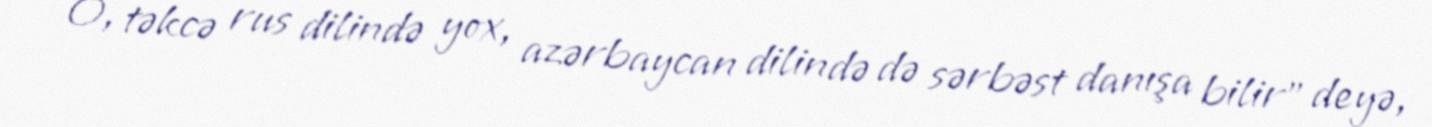
O, təkcə rus dilində yox, azərbaycan dilində də sərbəst danışa bilir" deyə,